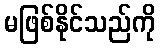
မဖြစ်နိုင်သည်ကို